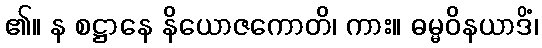
၏။ န စဋ္ဌာနေ နိယောဇကောတိ၊ ကား။ ဓမ္မဝိနယာဒိံ၊